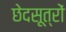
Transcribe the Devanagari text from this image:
छेदसूत्रों